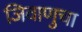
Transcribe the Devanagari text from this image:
जिवाणुचा